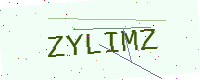
Text: ZYLIMZ